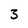
Character: 3